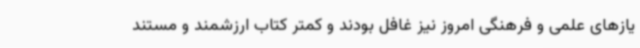
یازهای علمی و فرهنگی امروز نیز غافل بودند و کمتر کتاب ارزشمند و مستند